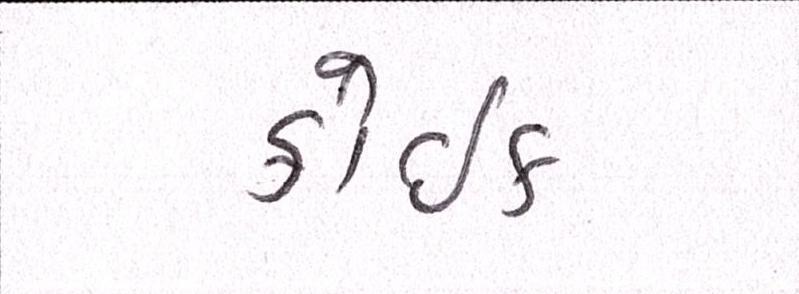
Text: કોઈક